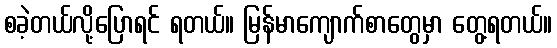
စခဲ့တယ်လို့ပြောရင် ရတယ်။ မြန်မာကျောက်စာတွေမှာ တွေ့ရတယ်။